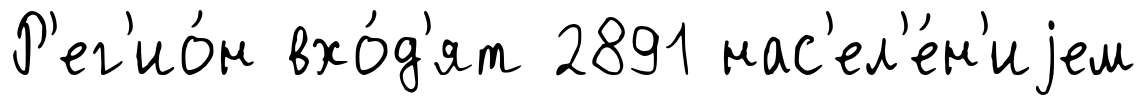
Р'ег'ио́н вхо́д'ят 2891 нас'ел'е́н'иjем